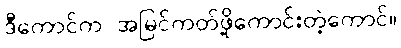
ဒီကောင်က အမြင်ကတ်ဖို့ကောင်းတဲ့ကောင်။